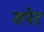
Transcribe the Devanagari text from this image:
सपेट